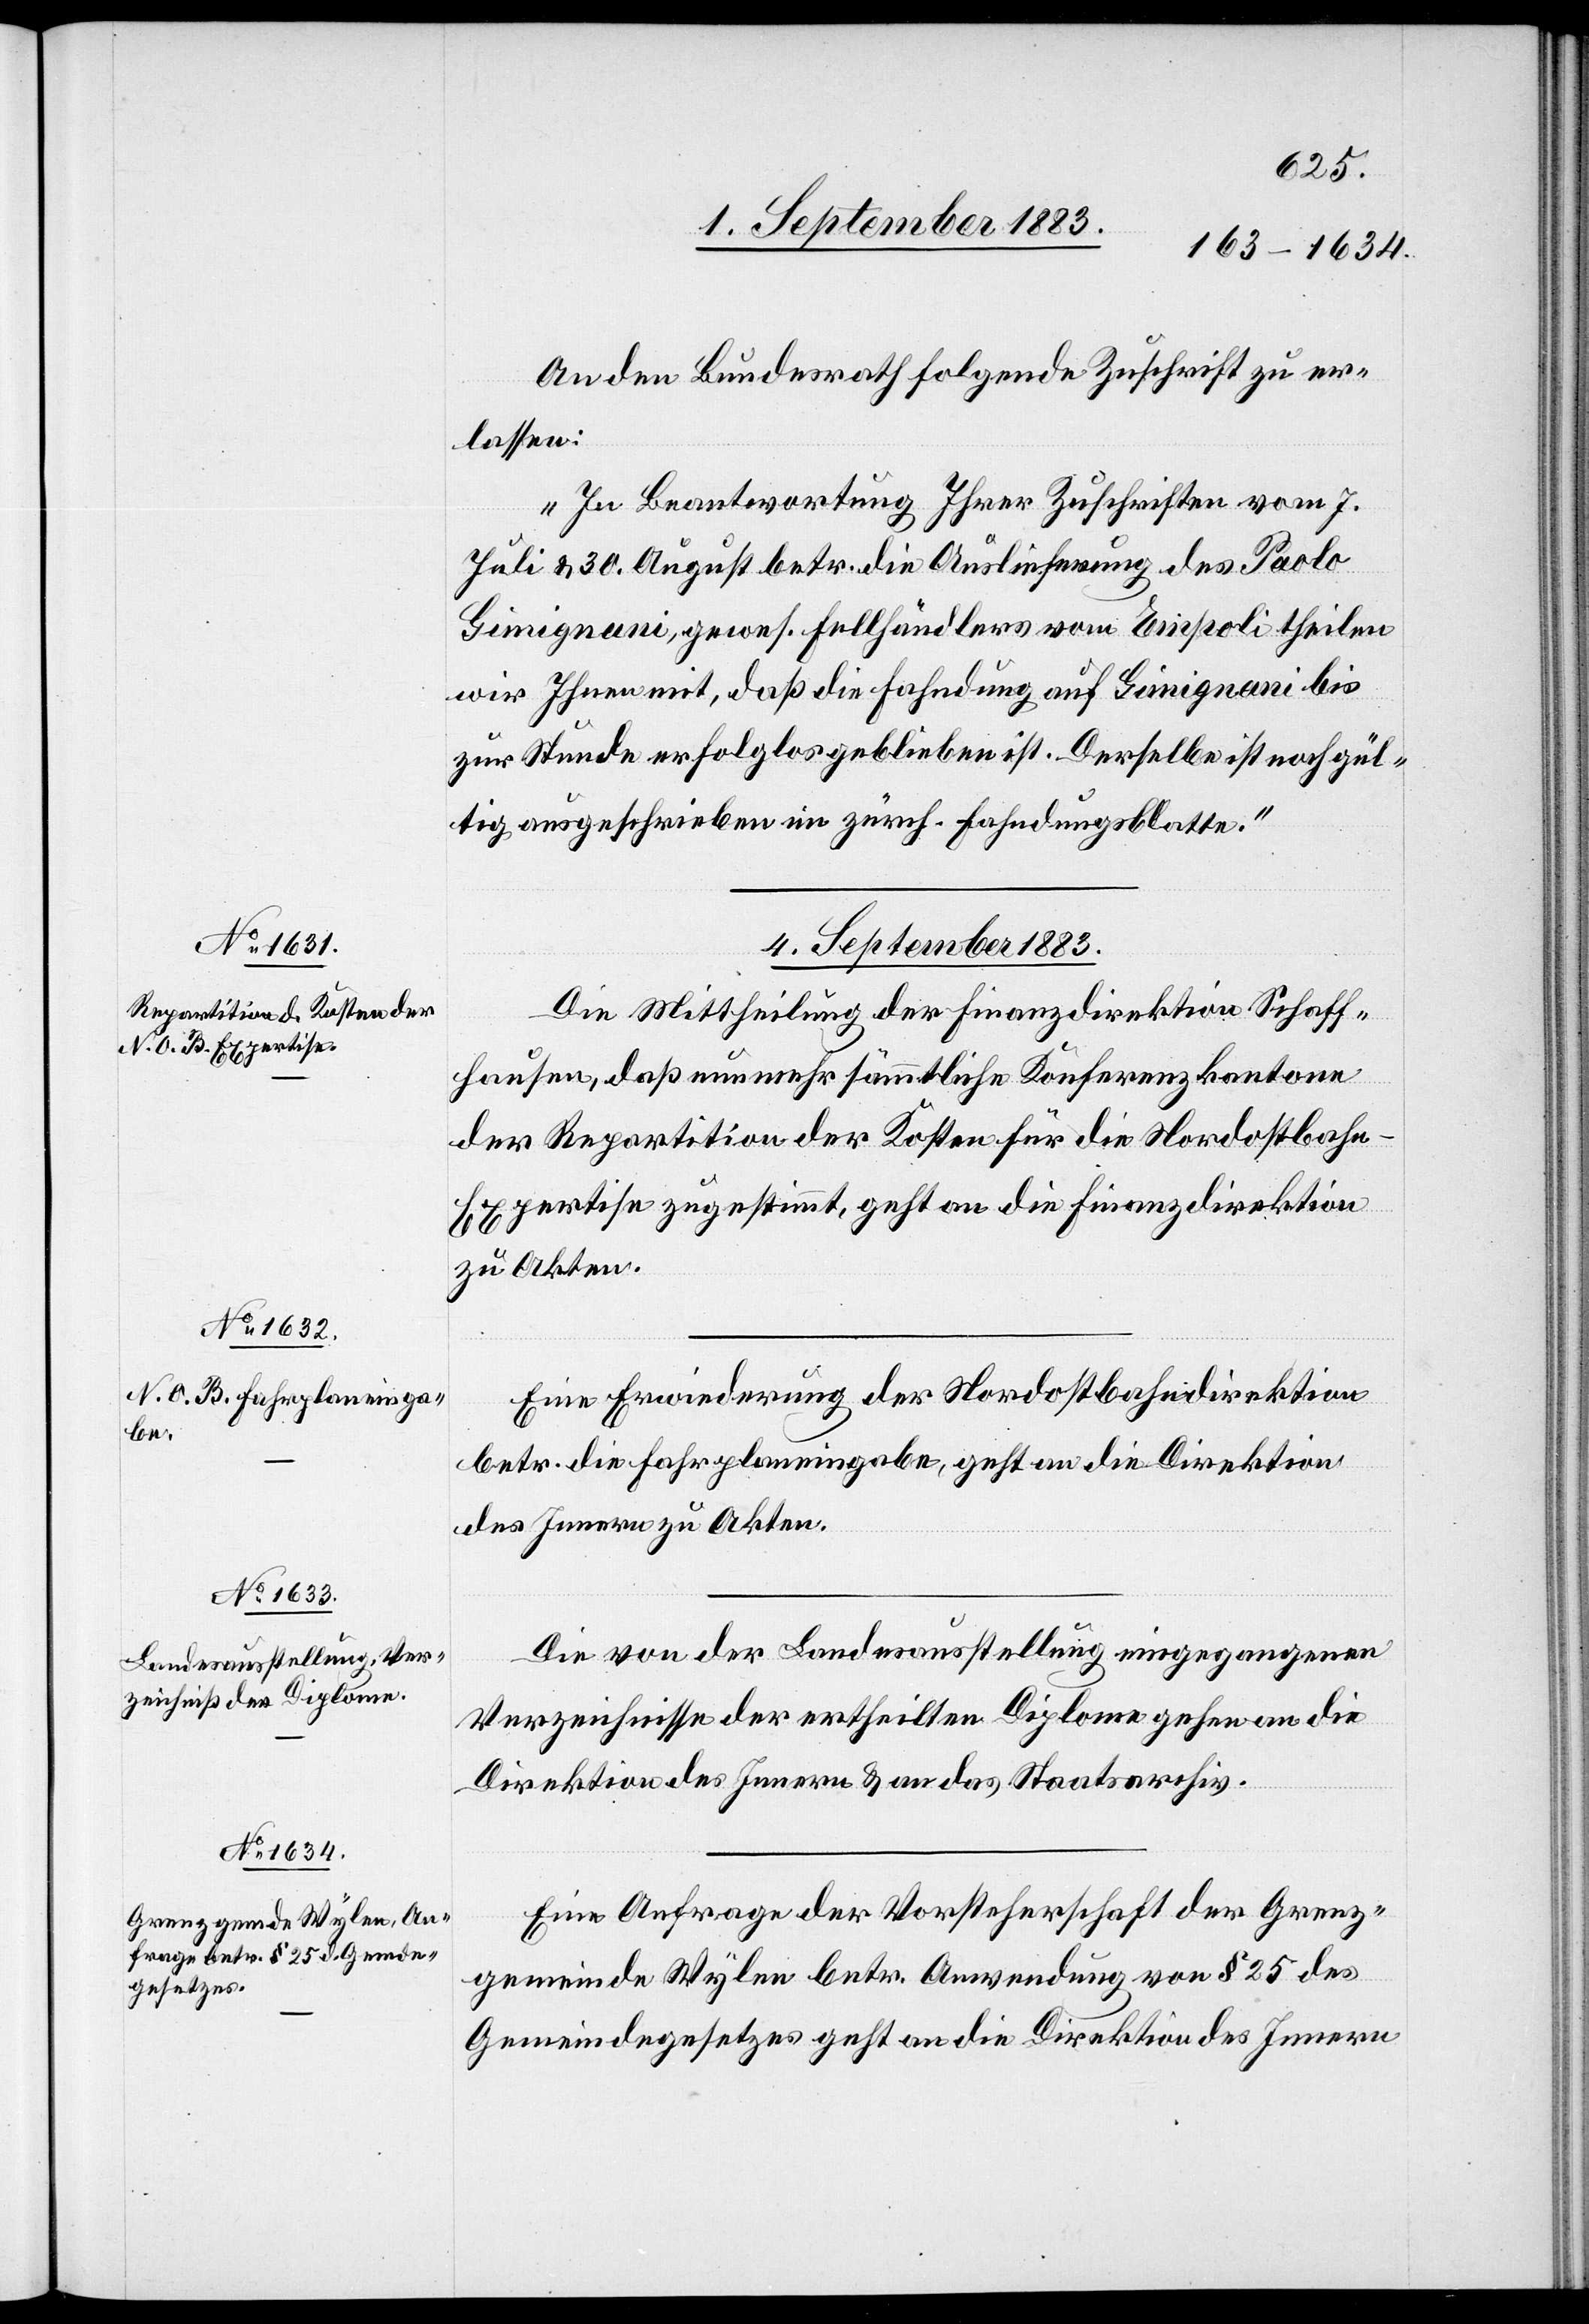
An den Bundesrath folgende Zuschrift zu er¬
lassen:
„In Beantwortung Ihrer Zuschriften vom 7.
Juli & 30. August betr. die Auslieferung des Paolo
Gimignani, gewes. Fellhändlers von Empoli theilen
wir Ihnen mit, daß die Fahndung auf Gimignani bis
zur Stunde erfolgslos geblieben ist. Derselbe ist noch gül¬
tig ausgeschrieben im zürch. Fahndungsblatte.“
4. September 1883.]
Die Mittheilung der Finanzdirektion Schaff¬
hausen, daß nunmehr sämmtliche Konferenzkantone
der Repartition der Kosten für die Nordostbahn-E¬
xpertise zugestimmt, geht an die Finanzdirektion
zu Akten.
Eine Erwiederung der Nordostbahndirektion
betr. die Fahrplaneingabe, geht an die Direktion
des Innern zu Akten.
Die von der Landesausstellung eingegangenen
Verzeichnisse der ertheilten Diplome gehen an die
Direktion des Innern & an das Staatsarchiv.
Eine Anfrage der Vorsteherschaft der Grenz¬
gemeinde Wylen betr. Anwendung von § 25 des
Gemeindegesetzes geht an die Direktion des Innern